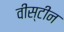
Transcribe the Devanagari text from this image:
वीस्टीन